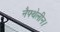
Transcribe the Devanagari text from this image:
नैफ्थेलीन।